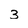
Character: 3